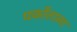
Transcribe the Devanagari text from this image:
पर्कोताला